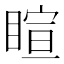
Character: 睻